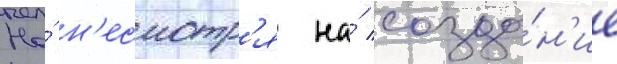
Но́ н'есмотр'я на́ созда́н'ие